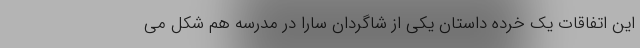
این اتفاقات یک خرده داستان یکی از شاگردان سارا در مدرسه هم شکل می